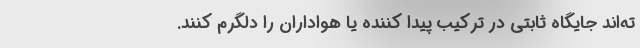
ته‌اند جایگاه ثابتی در ترکیب پیدا کننده یا هواداران را دلگرم کنند.